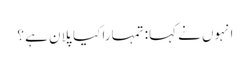
انہوں نے کہا: تمہارا کیا پلان ہے ؟